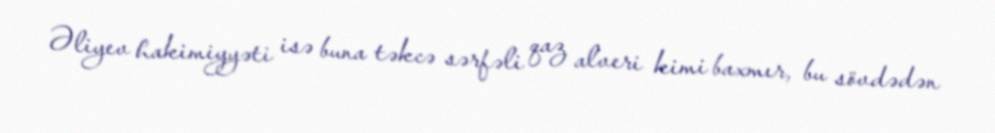
Əliyev hakimiyyəti isə buna təkcə sərfəli qaz alveri kimi baxmır, bu sövdədən